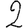
Digit: 2